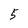
Character: 5